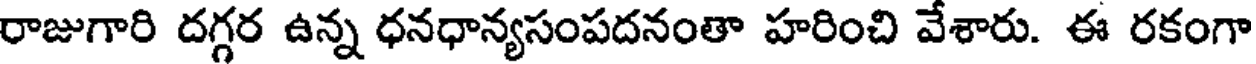
రాజుగారి దగ్గర ఉన్న ధనధాన్యసంపదనంతా హరించి వేశారు. ఈ రకంగా